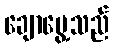
ချောမွေ့သည်